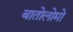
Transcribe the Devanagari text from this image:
बातोलोमो